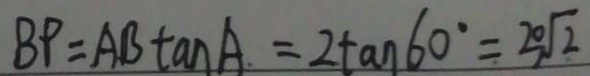
B P = A B \tan A = 2 \tan 6 0 ^ { \circ } = 2 0 \sqrt { 2 }